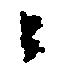
々